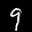
Label: 9